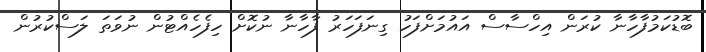
ބޮޑުކަމުފާހާނާ ކުރަން އިހްސާސް އައުމަށްފަހު ގިނަފަހަރު ފާހާނާ ނުކޮށް ހިފެހެއްޓުން ނުވަތަ ލަސްކުރުން